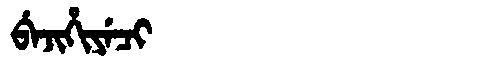
Manchu: ᠪᡝᠵᡳᡥᡳᠶᡝᠴᡳ
Romanization: BEJIHIYECI